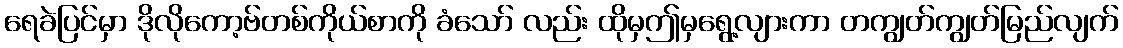
ရေခဲပြင်မှာ ဒိုလိုကော့ဗ်တစ်ကိုယ်စာကို ခံသော် လည်း ထိုမှဤမှရွေ့လျားကာ တကျွတ်ကျွတ်မြည်လျက်